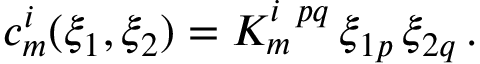
c _ { m } ^ { i } ( \xi _ { 1 } , \xi _ { 2 } ) = K _ { m } ^ { i ~ p q } \, \xi _ { 1 p } \, \xi _ { 2 q } \, .